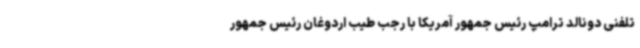
تلفنی دونالد ترامپ رئیس جمهور آمریکا با رجب طیب اردوغان رئیس جمهور